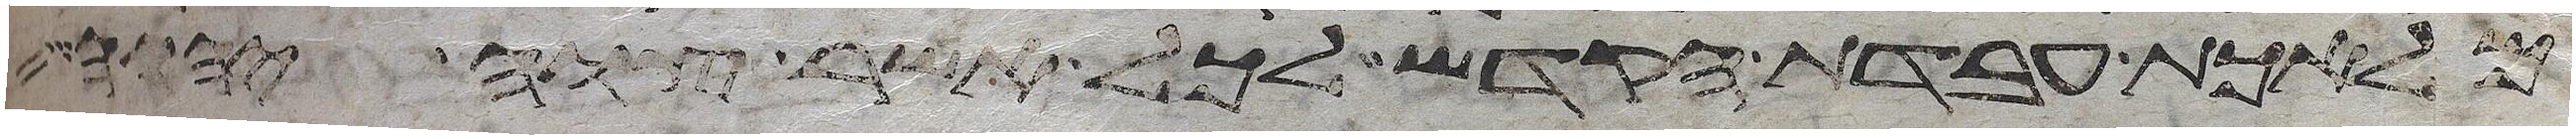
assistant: מלאכת עבדת הקדש לכל אשר צוה יהוה